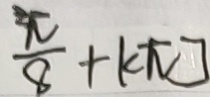
\frac { \pi } { 8 } + k \pi ]